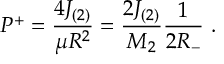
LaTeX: P ^ { + } = \frac { 4 J _ { ( 2 ) } } { \mu R ^ { 2 } } = \frac { 2 J _ { ( 2 ) } } { M _ { 2 } } \frac { 1 } { 2 R _ { - } } ~ .